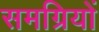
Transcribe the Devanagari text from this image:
समग्रियों